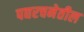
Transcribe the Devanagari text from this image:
पद्यरचनेतील